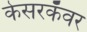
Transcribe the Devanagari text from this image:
केसरकँवर